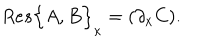
R e s \Big \{ A , B \Big \} _ { \kappa } = ( \partial _ { x } C ) .